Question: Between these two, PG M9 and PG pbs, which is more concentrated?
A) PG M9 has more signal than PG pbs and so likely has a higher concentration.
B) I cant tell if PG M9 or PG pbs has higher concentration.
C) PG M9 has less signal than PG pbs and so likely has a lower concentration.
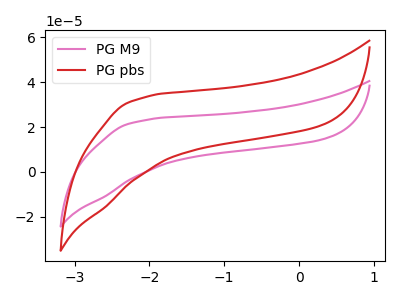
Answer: <think>The pink curve "PG M9" has no peaks. The red curve "PG pbs" has no peaks.
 Neither "PG M9" or "PG pbs" have any peaks.</think>
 <answer>B) I cant tell if "PG M9" or "PG pbs" has higher concentration.</answer>
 <eval>B</eval>